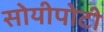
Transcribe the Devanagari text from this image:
सोयीपोटी